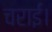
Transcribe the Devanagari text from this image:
चराईं।